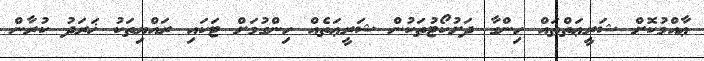
ޢާއްމުކޮށް ޝަރީޢަތްތައް ހިންގާ ދަށުކޯޓުތަކުން ޝަރީޢަތެއް ހިންގުމަށް ޓަކައި ރައްޔިތަކު ޚަރަދު ކުރާން